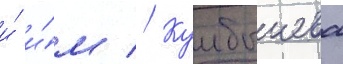
и́ и́м // Куибышева